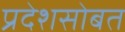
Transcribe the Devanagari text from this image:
प्रदेशसोबत